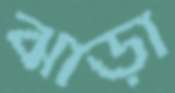
ঝাড়া